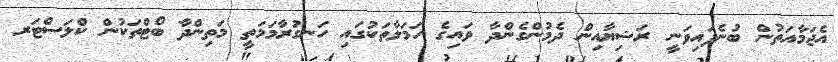
އެޖަމާއަތުން ބުނެފައިވަނީ ރަޝިޔާއިން ދެމުންގެންދާ ވައިގެ ހަމަލާތަކުގައި ހަނގުރާމަމަތީ މަތިންދާ ބޯޓްތަކުން ކްލަސްޓަރ